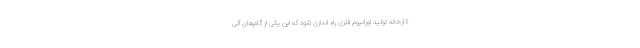
کارخانه تولید اورانیوم فلزی راه اندازی شود که این یکی از گام‌های آتی